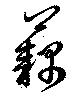
藕